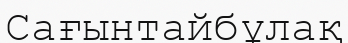
Сағынтайбұлақ